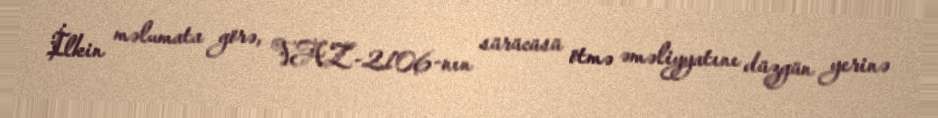
İlkin məlumata görə, VAZ-2106-nın sürücüsü ötmə əməliyyatını düzgün yerinə